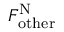
F _ { \mathrm { o t h e r } } ^ { \mathrm { N } }